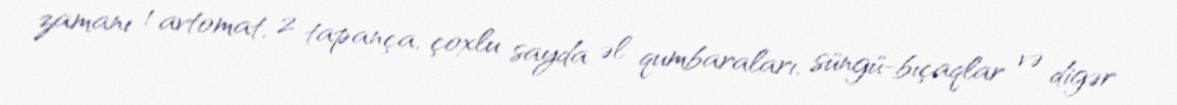
zamanı 1 avtomat, 2 tapança, çoxlu sayda əl qumbaraları, süngü-bıçaqlar və digər